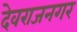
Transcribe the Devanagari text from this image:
देवराजनगर